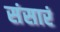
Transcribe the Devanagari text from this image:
संसारं